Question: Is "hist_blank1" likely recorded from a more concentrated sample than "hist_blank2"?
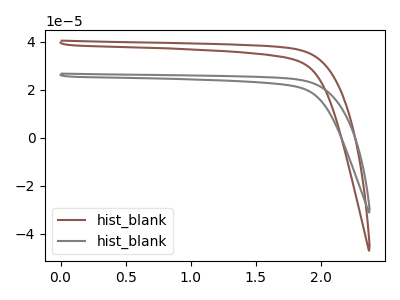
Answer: <think>The brown curve "hist_blank1" has no peaks. The gray curve "hist_blank2" has no peaks.
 Neither "hist_blank1" or "hist_blank2" have any peaks.</think>
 <answer>I cant tell if "hist_blank1" or "hist_blank2" has more signal.</answer>
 <eval>mixed_signal</eval>